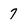
Character: 7